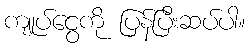
ကျုပ်ငွေကို ပြန်ပြီးဆပ်ပါ။